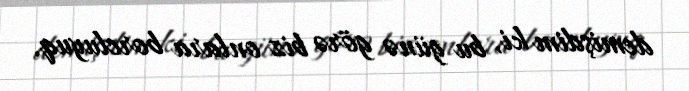
demişdim ki, bu günə görə biz onlara borcluyuq.